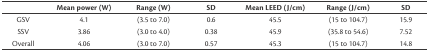
<table><thead><tr><td></td><td><b>Mean power (W)</b></td><td><b>Range (W)</b></td><td><b>SD</b></td><td><b>Mean LEED (J/cm)</b></td><td><b>Range (J/cm)</b></td><td><b>SD</b></td></tr></thead><tbody><tr><td>GSV</td><td>4.1</td><td>(3.5 to 7.0)</td><td>0.6</td><td>45.5</td><td>(15 to 104.7)</td><td>15.9</td></tr><tr><td>SSV</td><td>3.86</td><td>(3.0 to 4.0)</td><td>0.38</td><td>45.9</td><td>(35.8 to 54.6)</td><td>7.52</td></tr><tr><td>Overall</td><td>4.06</td><td>(3.0 to 7.0)</td><td>0.57</td><td>45.3</td><td>(15 to 104.7)</td><td>14.8</td></tr></tbody></table>